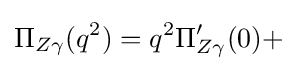
\Pi _{Z\gamma }(q^{2})=q^{2}\Pi _{Z\gamma }^{\prime }(0)+